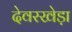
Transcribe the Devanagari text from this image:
देवरखेड़ा